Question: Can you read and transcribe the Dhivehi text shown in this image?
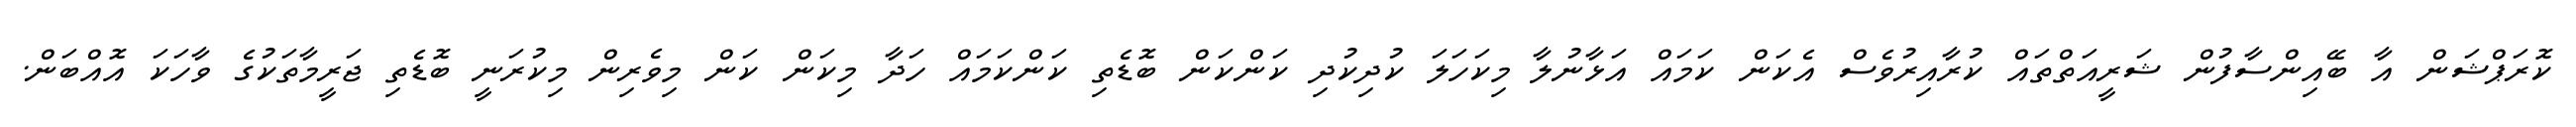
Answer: ކޮރަޕްޝަން އާ ބޭއިންސާފުން ޝަރީއަތްތައް ކުރާއިރުވެސް އެކަން ކަމައް އަޅާނުލާ މިކަހަލަ ކުދިކުދި ކަންކަން ބޮޑެތި ކަންކަމައް ހަދާ މިކަން ކަން މިވެރިން މިކުރަނީ ބޮޑެތި ޖަރީމާތަކުގެ ވާހަކަ އޮއްބަން.